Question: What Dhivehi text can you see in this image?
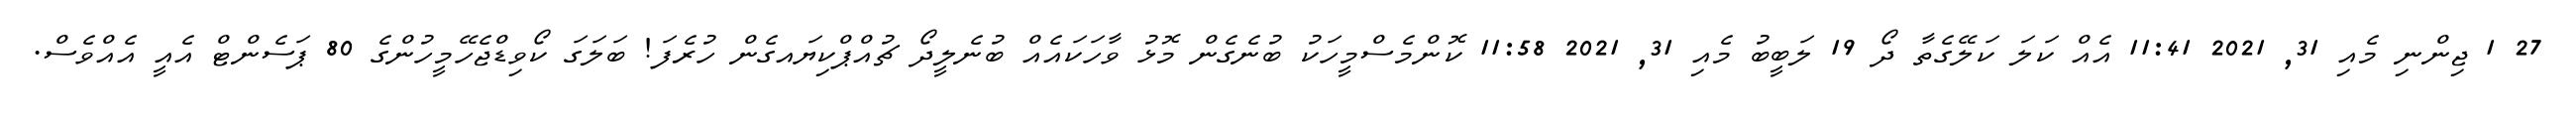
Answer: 27 1 ޖިންނި މެއި 31, 2021 11:41 އެއް ކަލަ ކަލޭގެތާ ދޯ 19 ލަބީބު މެއި 31, 2021 11:58 ކޮންމެސްމީހަކު ބުނެގެން މޮޅު ވާހަކައެއް ބުނެލީދޯ ޗުއްޕްކިޔައގެން ހުރެފަ! ބަލަގަ ކޯވިޑްޖެހޭމީހުންގެ 80 ޕަސެންޓް އެއީ އެއްވެސް.